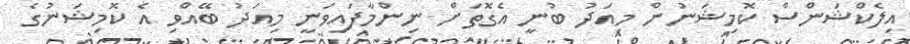
އިލެކްޝަންސް ކޮމިޝަނުން މިއަދު ބުނީ އެގޮތަށް ނިންމާފައިވަނީ މިއަދު ބޭއްވި އެ ކޮމިޝަނުގެ